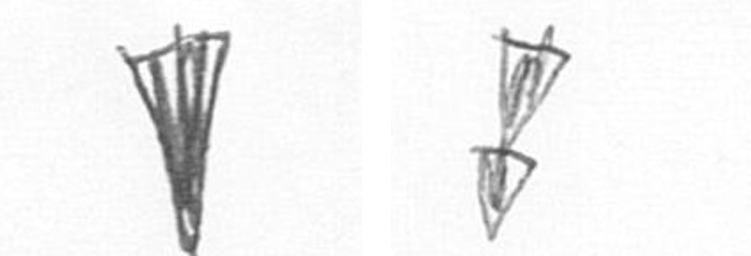
J Z